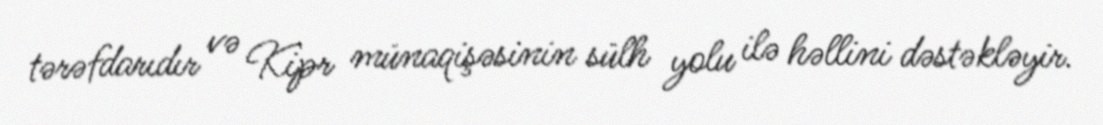
tərəfdarıdır və Kipr münaqişəsinin sülh yolu ilə həllini dəstəkləyir.